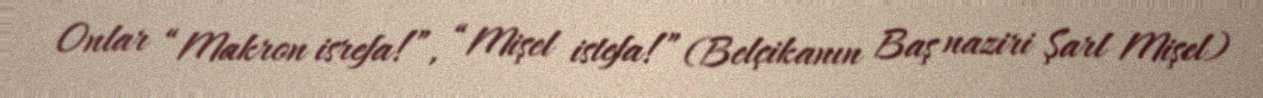
Onlar “Makron isrefa!”, “Mişel istefa!” (Belçikanın Baş naziri Şarl Mişel)